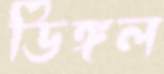
ডিঙ্গল